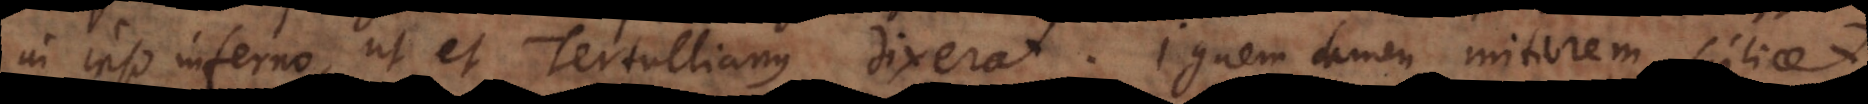
in ipso inferno, ut et Tertullianus dixerat. Ignem tamen mitiorem, scilicet